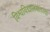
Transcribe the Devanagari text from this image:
विश्वविद्यालयातल्या